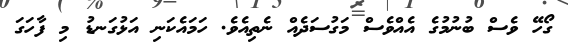
ގޯހޭ ވެސް ބުނުމުގެ އެއްވެސް މަގުސަދެއް ނެތިއެވެ. ހަމައެކަނި އަޅުގަނޑު މި ފާހަގަ